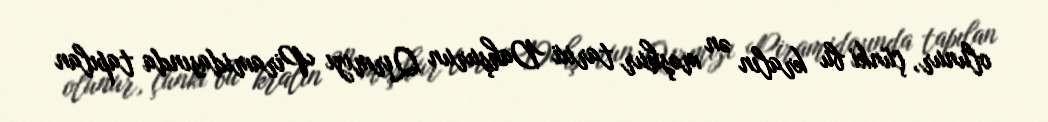
olunur, çünki bu kralın ən məşhur tarixi Dahşurun Qırmızı Piramidasında tapılan